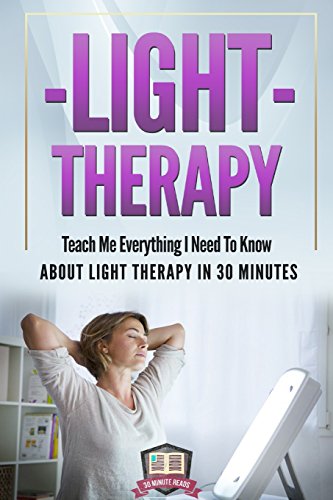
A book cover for Light Therapy: Teach Me Everything I Need To Know About Light Therapy In 30 Minutes (Light Therapy - Season Affective Disorder - SAD - Vitamin D); 30 Minute Reads; Medical Books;